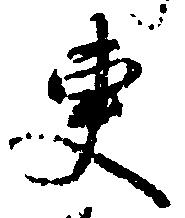
更